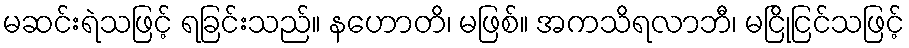
မဆင်းရဲသဖြင့် ရခြင်းသည်။ နဟောတိ၊ မဖြစ်။ အကသိရလာဘီ၊ မငြိုငြင်သဖြင့်